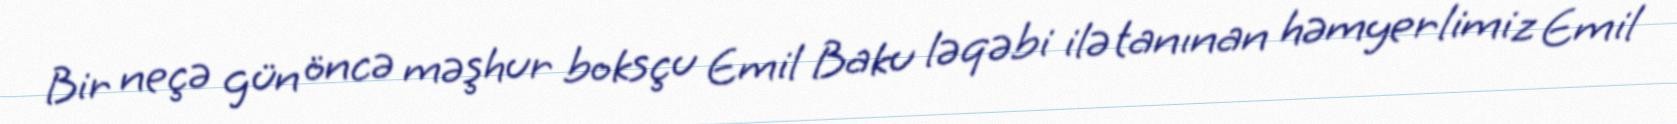
Bir neçə gün öncə məşhur boksçu Emil Baku ləqəbi ilə tanınan həmyerlimiz Emil